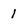
Character: 1